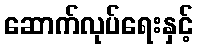
ဆောက်လုပ်ရေးနှင့်